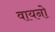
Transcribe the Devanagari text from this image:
वायनो